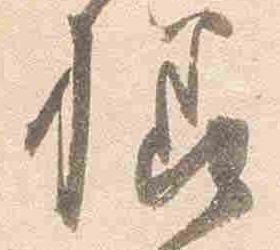
様